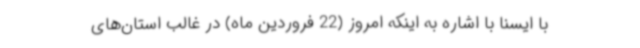
با ایسنا با اشاره به اینکه امروز (22 فروردین ماه) در غالب استان‌های